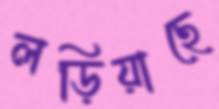
লড়িয়াছে